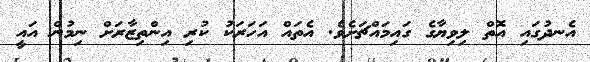
އެނދުގައި އޮތް ލިވިޔާގެ ގައިމައްޗަށެވެ. އެތައް އަހަރަކު ކުރި އިންތިޒާރަށް ނިމުން އައީ